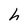
Character: h